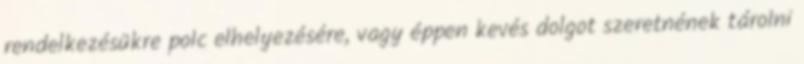
rendelkezésükre polc elhelyezésére, vagy éppen kevés dolgot szeretnének tárolni